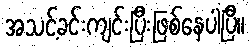
အသင့်ခင်းကျင်းပြီးဖြစ်နေပါပြီ။